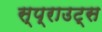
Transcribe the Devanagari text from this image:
स्प्राउट्स